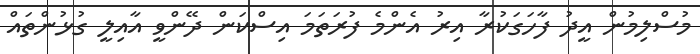
މުސްލިމުން އީދު ފާހަގަކުރާ އިރު އެންމެ ފުރަތަމަ އިސްކަން ދޭންވީ އާއިލީ ގުޅުންތައް